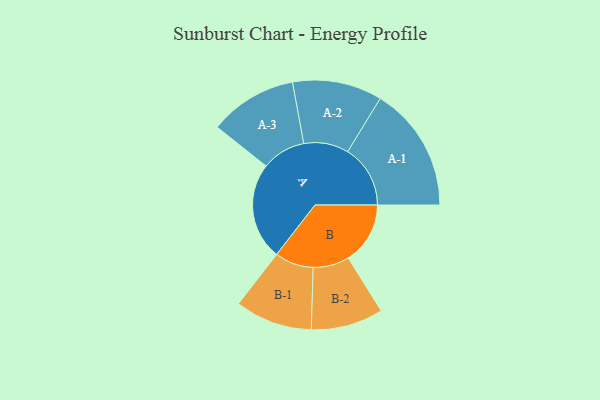
{"axis": {"x": "Segment", "y": "Value"}, "legend": ["", "A", "B"], "data": [{"x": "A", "y": 457, "type": ""}, {"x": "B", "y": 292, "type": ""}, {"x": "A-1", "y": 295, "type": "A"}, {"x": "A-2", "y": 211, "type": "A"}, {"x": "A-3", "y": 207, "type": "A"}, {"x": "B-1", "y": 182, "type": "B"}, {"x": "B-2", "y": 170, "type": "B"}]}